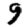
Digit: 9